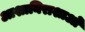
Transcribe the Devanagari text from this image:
आशानिराशाओं